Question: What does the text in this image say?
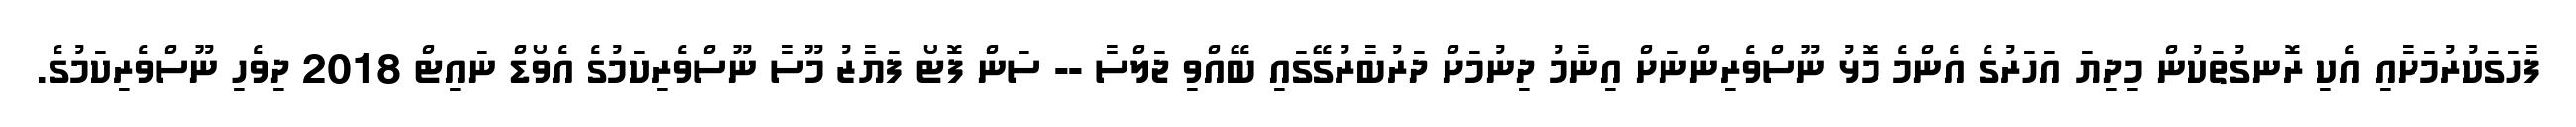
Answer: ފާހަގަކުރުމަށާއި އެކި ރޮނގުތަކުން މިދިޔަ އަހަރުގެ އެންމެ މޮޅު ނޫސްވެރިންނަށް އިނާމު ދިނުމަށް ދަރުބާރުގޭގައި ބޭއްވި ޖަލްސާ -- ސަން ފޮޓޯ ފަޔާޒު މޫސާ ނޫސްވެރިކަމުގެ އެވޯޑް ނައިޓް 2018 ދިވެހި ނޫސްވެރިކަމުގެ.